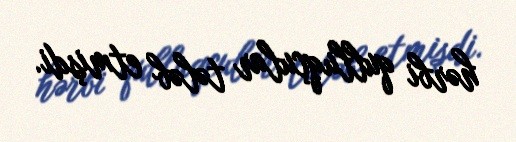
hərbi qulluqçular tələb etmişdi.